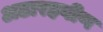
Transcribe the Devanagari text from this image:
अठारहवीण